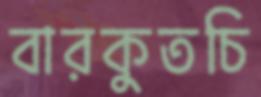
বারকুতচি